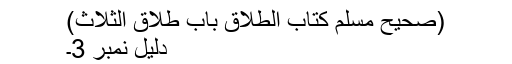
(صحیح مسلم کتاب الطلاق باب طلاق الثلاث)
دلیل نمبر 3۔